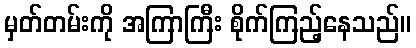
မှတ်တမ်းကို အကြာကြီး စိုက်ကြည့်နေသည်။